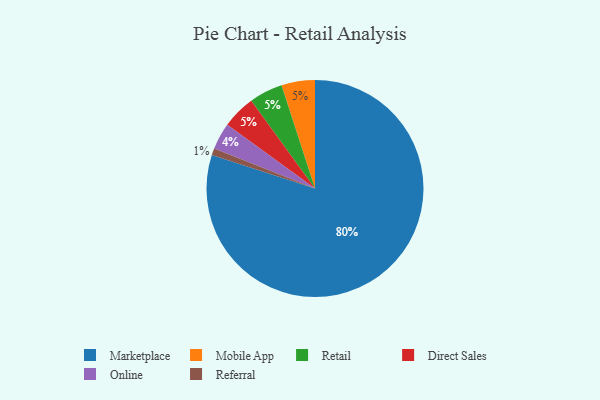
{"axis": {"x": "Category", "y": "Percentage"}, "legend": ["Direct Sales", "Marketplace", "Mobile App", "Online", "Referral", "Retail"], "data": [{"x": "Marketplace", "y": 80, "type": "Marketplace"}, {"x": "Mobile App", "y": 5, "type": "Mobile App"}, {"x": "Online", "y": 4, "type": "Online"}, {"x": "Referral", "y": 1, "type": "Referral"}, {"x": "Retail", "y": 5, "type": "Retail"}, {"x": "Direct Sales", "y": 5, "type": "Direct Sales"}]}